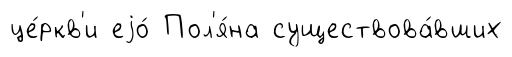
це́ркв'и еjо́ Пол'я́на существова́вших